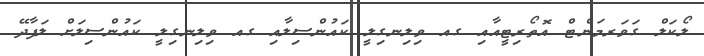
ލޯކަލް ގަވަރމަންޓް އޮތޯރިޓީއާއި ގއ ވިލިނގިލީ ކައުންސިލާއި ގއ ވިލިނގިލީ ކައުންސިލަށް ލަފާދޭ